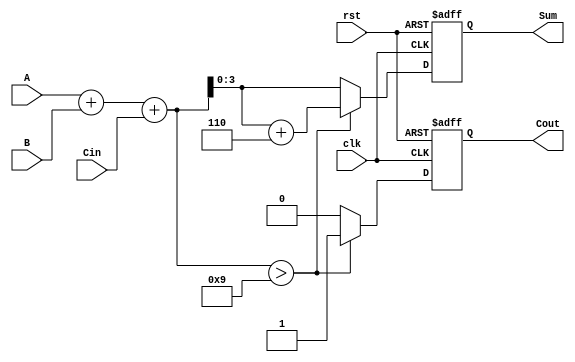
module BCD_Sequential_Adder (
    input wire [3:0] A,       // 4-bit BCD input A
    input wire [3:0] B,       // 4-bit BCD input B
    input wire Cin,           // Carry input
    input wire clk,           // Clock input
    input wire rst,           // Reset input
    output reg [3:0] Sum,     // 4-bit BCD output Sum
    output reg Cout           // Carry output
);

    reg [4:0] binary_sum;     // 5-bit to hold the binary sum (A + B + Cin)

    // Combinational logic for binary addition
    always @(*) begin
        binary_sum = A + B + Cin;
    end

    // Sequential logic for BCD correction and output generation
    always @(posedge clk or posedge rst) begin
        if (rst) begin
            Sum <= 4'b0000;   // Reset Sum
            Cout <= 1'b0;     // Reset carry out
        end else begin
            if (binary_sum > 5'd9) begin
                Sum <= binary_sum + 5'b00110; // Add 6 for BCD correction
                Cout <= 1'b1;                  // Set carry out
            end else begin
                Sum <= binary_sum[3:0];        // Assign lower 4 bits to Sum
                Cout <= 1'b0;                  // Clear carry out
            end
        end
    end

endmodule